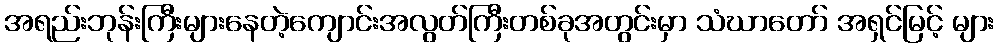
အရည်းဘုန်းကြီးများနေတဲ့ကျောင်းအလွတ်ကြီးတစ်ခုအတွင်းမှာ သံဃာတော် အရှင်မြင့် များ